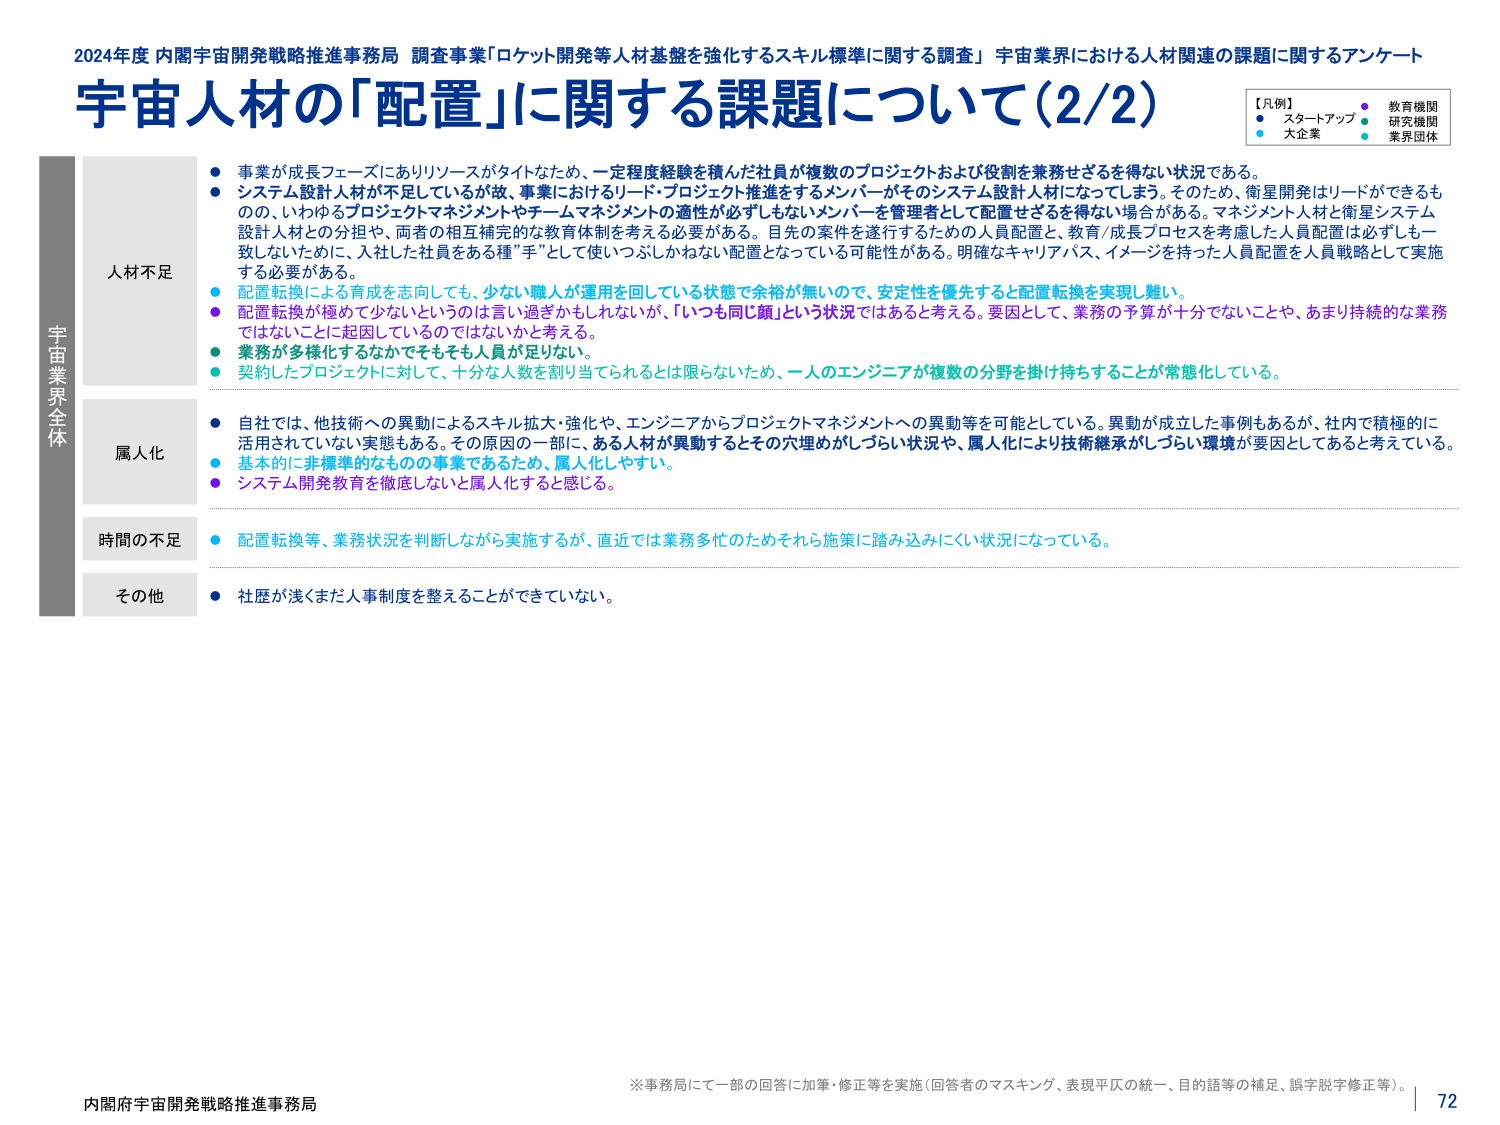
2024年度 内閣宇宙開発戦略推進事務局 調査事業「ロケット開発等人材基盤を強化するスキル標準に関する調査」 宇宙業界における人材関連の課題に関するアンケート
宇宙人材の「配置」に関する課題について（2/2）

【凡例】
● スタートアップ
● 教育機関
● 研究機関
● 大企業
● 業界団体

宇宙業界全体

人材不足
● 事業が成長フェーズにありリソースがタイトなため、一定程度経験を積んだ社員が複数のプロジェクトおよび役割を兼務せざるを得ない状況である。
● システム設計人材が不足しているが故、事業におけるリード・プロジェクト推進をするメンバーがそのシステム設計人材になってしまう。そのため、衛星開発はリードができるもののに、いわゆるプロジェクトマネジメントやチームマネジメントの適性が必ずしもないメンバーを管理者として配置せざるを得ない場合がある。マネジメント人材と衛星システム設計人材との分担や、両者の相互補完的な教育体制を考える必要がある。目先の案件を遂行するための人員配置と、教育/成長プロセスを考慮した人員配置は必ずしも一致しないために、入社した社員をある種”手”として使いつぶしかねない配置となっている可能性がある。明確なキャリアパス、イメージを持った人員配置を人員戦略として実施する必要がある。
● 配置転換による育成を志向しても、少ない職人が運用を回している状態で余裕が無いので、安定性を優先すると配置転換を実現し難い。
● 配置転換が極めて少ないというのは言い過ぎかもしれないが、「いつも同じ顔」という状況ではあると考える。要因として、業務の予算が十分でないことや、あまり持続的な業務ではないことに起因しているのではないかと考える。
● 業務が多様化するなかでそもそも人員が足りない。
● 契約したプロジェクトに対して、十分な人数を割り当てられるとは限らないため、一人のエンジニアが複数の分野を掛け持ちすることが常態化している。

属人化
● 自社では、他技術への異動によるスキル拡大・強化や、エンジニアからプロジェクトマネジメントへの異動等を可能としている。異動が成立した事例もあるが、社内で積極的に活用されていない実態もある。その原因の一部に、ある人材が異動するとその穴埋めがしづらい状況や、属人化により技術継承がしづらい環境が要因としてあると考えている。
● 基本的に非標準的なものでの事業であるため、属人化しやすい。
● システム開発教育を徹底しないと属人化すると感じる。

時間の不足
● 配置転換等、業務状況を判断しながら実施するが、直近では業務多忙のためそれら施策に踏み込みにくい状況になっている。

その他
● 社歴が浅くまだ人事制度を整えることができていない。

※事務局にて一部の回答に加筆・修正等を実施（回答者のマスキング、表現平仄の統一、目的語等の補足、誤字脱字修正等）。

内閣府宇宙開発戦略推進事務局
72